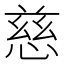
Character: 慈